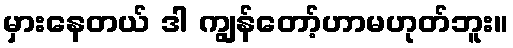
မှားနေတယ် ဒါ ကျွန်တော့်ဟာမဟုတ်ဘူး။